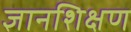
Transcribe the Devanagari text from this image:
ज्ञानशिक्षण